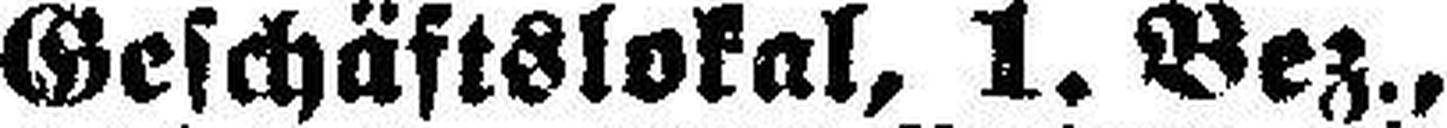
Geschäftslokal, 1. Bez.,